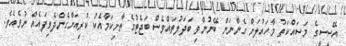
އޭސީސީގެ މަސައްކަތު މާހައުލަށް ގެންނަން ބޭނުންވި ބަދަލުތައްވެސް ބަޖެޓުގެ ތާށިކަމާއެކު ކުރިއަށްގެންދެވިފައެއް ނުވެއެވެ.